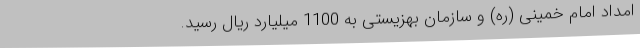
امداد امام خمینی (ره) و سازمان بهزیستی به 1100 میلیارد ریال رسید.